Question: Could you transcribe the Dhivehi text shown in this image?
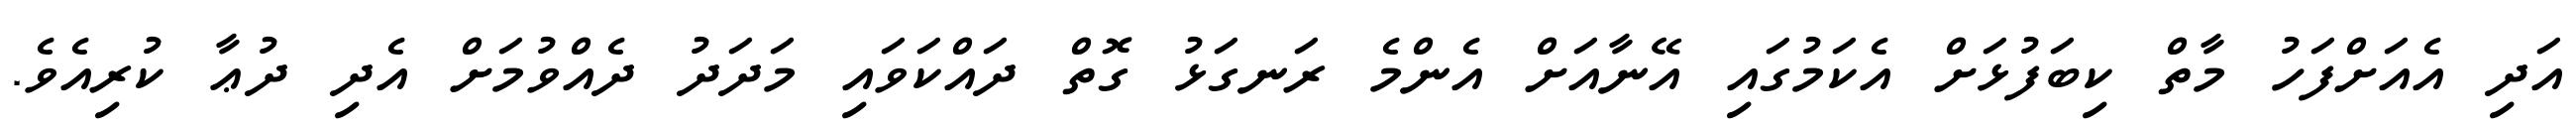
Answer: އަދި އެއަށްފަހު މާތް ކިބަފުޅަށް އެކަމުގައި އޭނާއަށް އެންމެ ރަނގަޅު ގޮތް ދައްކަވައި މަދަދު ދެއްވުމަށް އެދި ދުޢާ ކުރިއެވެ.